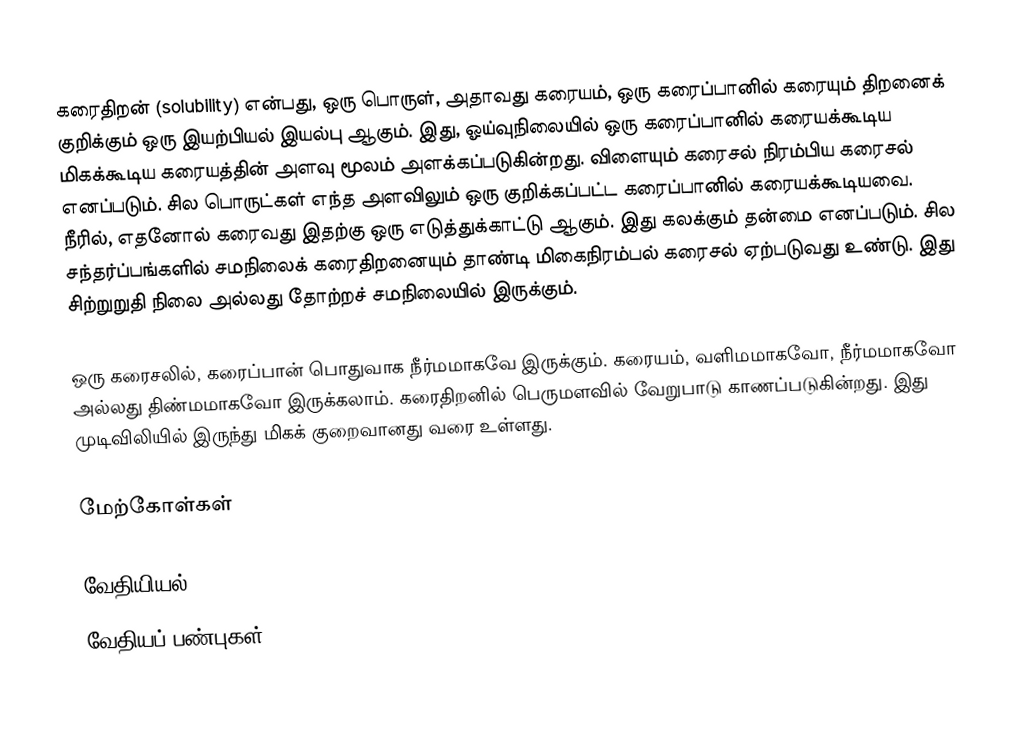
கரைதிறன் (solubility) என்பது, ஒரு பொருள், அதாவது கரையம், ஒரு கரைப்பானில் கரையும் திறனைக் குறிக்கும் ஒரு இயற்பியல் இயல்பு ஆகும். இது, ஓய்வுநிலையில் ஒரு கரைப்பானில் கரையக்கூடிய மிகக்கூடிய கரையத்தின் அளவு மூலம் அளக்கப்படுகின்றது. விளையும் கரைசல் நிரம்பிய கரைசல் எனப்படும். சில பொருட்கள் எந்த அளவிலும் ஒரு குறிக்கப்பட்ட கரைப்பானில் கரையக்கூடியவை. நீரில், எதனோல் கரைவது இதற்கு ஒரு எடுத்துக்காட்டு ஆகும். இது கலக்கும் தன்மை எனப்படும். சில சந்தர்ப்பங்களில் சமநிலைக் கரைதிறனையும் தாண்டி மிகைநிரம்பல் கரைசல் ஏற்படுவது உண்டு. இது சிற்றுறுதி நிலை அல்லது தோற்றச் சமநிலையில் இருக்கும்.

ஒரு கரைசலில், கரைப்பான் பொதுவாக நீர்மமாகவே இருக்கும். கரையம், வளிமமாகவோ, நீர்மமாகவோ அல்லது திண்மமாகவோ இருக்கலாம். கரைதிறனில் பெருமளவில் வேறுபாடு காணப்படுகின்றது. இது முடிவிலியில் இருந்து மிகக் குறைவானது வரை உள்ளது.

மேற்கோள்கள்

வேதியியல்
வேதியப் பண்புகள்